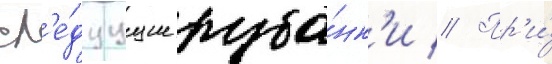
сл'е́дуущие руба́нк'и // Пр'и́